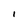
Character: I